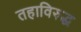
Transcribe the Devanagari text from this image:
तहाविरुद्ध